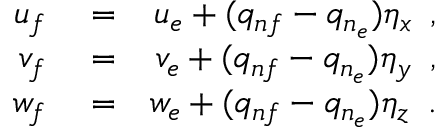
\begin{array} { r l r } { u _ { f } } & { { } = } & { u _ { e } + ( q _ { n f } - q _ { n _ { e } } ) \eta _ { x } \, \mathrm { ~ , ~ } } \\ { v _ { f } } & { { } = } & { v _ { e } + ( q _ { n f } - q _ { n _ { e } } ) \eta _ { y } \, \mathrm { ~ , ~ } } \\ { w _ { f } } & { { } = } & { w _ { e } + ( q _ { n f } - q _ { n _ { e } } ) \eta _ { z } \, \mathrm { ~ . ~ } } \end{array}